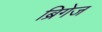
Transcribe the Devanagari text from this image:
ब्रिगेज